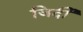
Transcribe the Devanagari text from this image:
जिर्दी